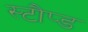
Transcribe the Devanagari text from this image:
स्टौप्ड